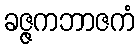
ခဇ္ဇကဘာဇကံ